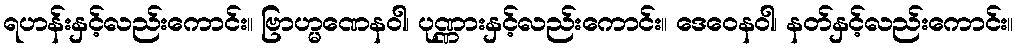
ရဟန်းနှင့်လည်းကောင်း။ ဗြာဟ္မဏေနဝါ၊ ပုဏ္ဏားနှင့်လည်းကောင်း။ ဒေဝေနဝါ၊ နတ်နှင့်လည်းကောင်း။